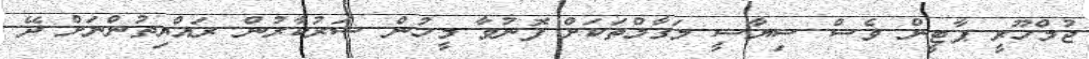
ޖުމްހޫރީ ޕާޓީން ވެސް ސިޔާސީ މަގާމްތަކަށް ފޮނުވާ މީހުން ސަރުކާރުން ރައްޔިތުންނަށް ދޭ